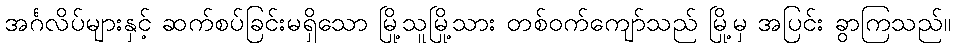
အင်္ဂလိပ်များနှင့် ဆက်စပ်ခြင်းမရှိသော မြို့သူမြို့သား တစ်ဝက်ကျော်သည် မြို့မှ အပြင်း ခွာကြသည်။